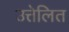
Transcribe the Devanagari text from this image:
उत्तेलित